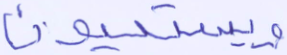
ويستحيون